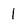
Character: 1